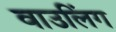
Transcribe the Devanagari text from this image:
वाउलिंग